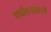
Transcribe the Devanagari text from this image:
पर्यटनावरचे